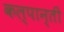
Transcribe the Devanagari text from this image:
कल्पान्ती